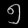
Digit: ၅